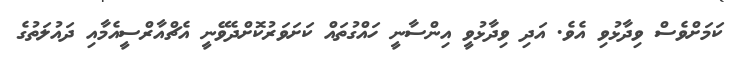
ކަމަށްވެސް ވިދާޅުވި އެވެ. އަދި ވިދާޅުވީ އިންސާނީ ހައްގުތައް ކަށަވަރުކޮށްދެވޭނީ އެޗްއާރްސީއެމާއި ދައުލަތުގެ